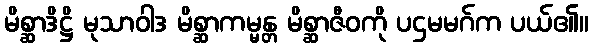
မိစ္ဆာဒိဋ္ဌိ မုသာဝါဒ မိစ္ဆာကမ္မန္တ မိစ္ဆာဇီဝကို ပဌမမဂ်က ပယ်၏။